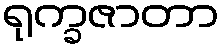
ရုက္ခဇာတာ